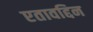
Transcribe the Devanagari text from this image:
एतावद्दिन